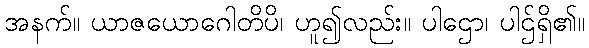
အနက်။ ယာဇယောဂေါတိပိ၊ ဟူ၍လည်း။ ပါဌော၊ ပါဌ်ရှိ၏။